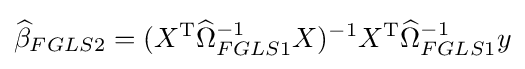
{\widehat {\beta }}_{FGLS2}=(X^{\operatorname {T} }{\widehat {\Omega }}_{FGLS1}^{-1}X)^{-1}X^{\operatorname {T} }{\widehat {\Omega }}_{FGLS1}^{-1}y